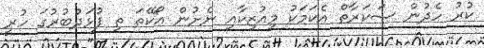
ކުރު ހެދުން ސަކަރާތް އެކަމަކު މިއުޒިކާއި ނެށުން އޯކޭތަ ތި ފުޅަދުބުރުގަ ހުރީ